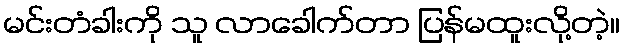
မင်းတံခါးကို သူ လာခေါက်တာ ပြန်မထူးလို့တဲ့။